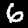
Label: 6